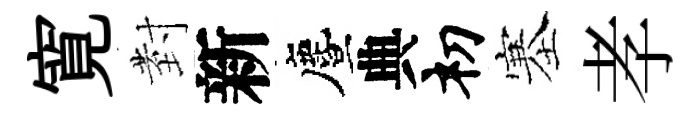
寛𭔹新󵨌典𥘉塞孝